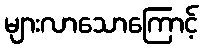
များလာသောကြောင့်